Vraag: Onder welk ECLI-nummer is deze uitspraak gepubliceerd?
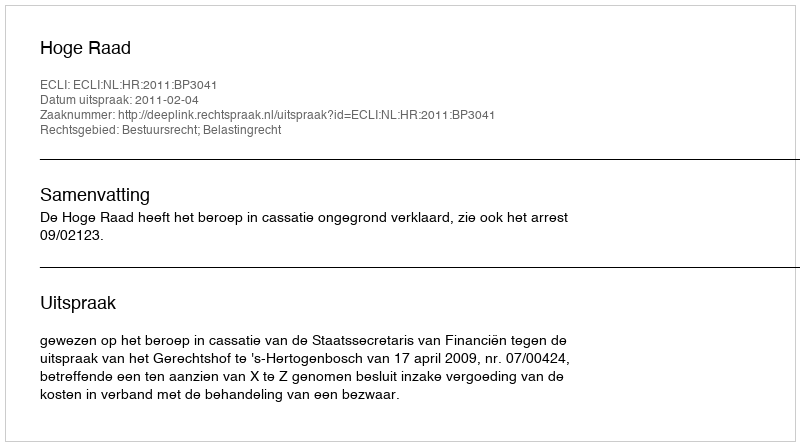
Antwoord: ECLI:NL:HR:2011:BP3041